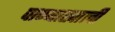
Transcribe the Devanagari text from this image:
पाण्याखालीं